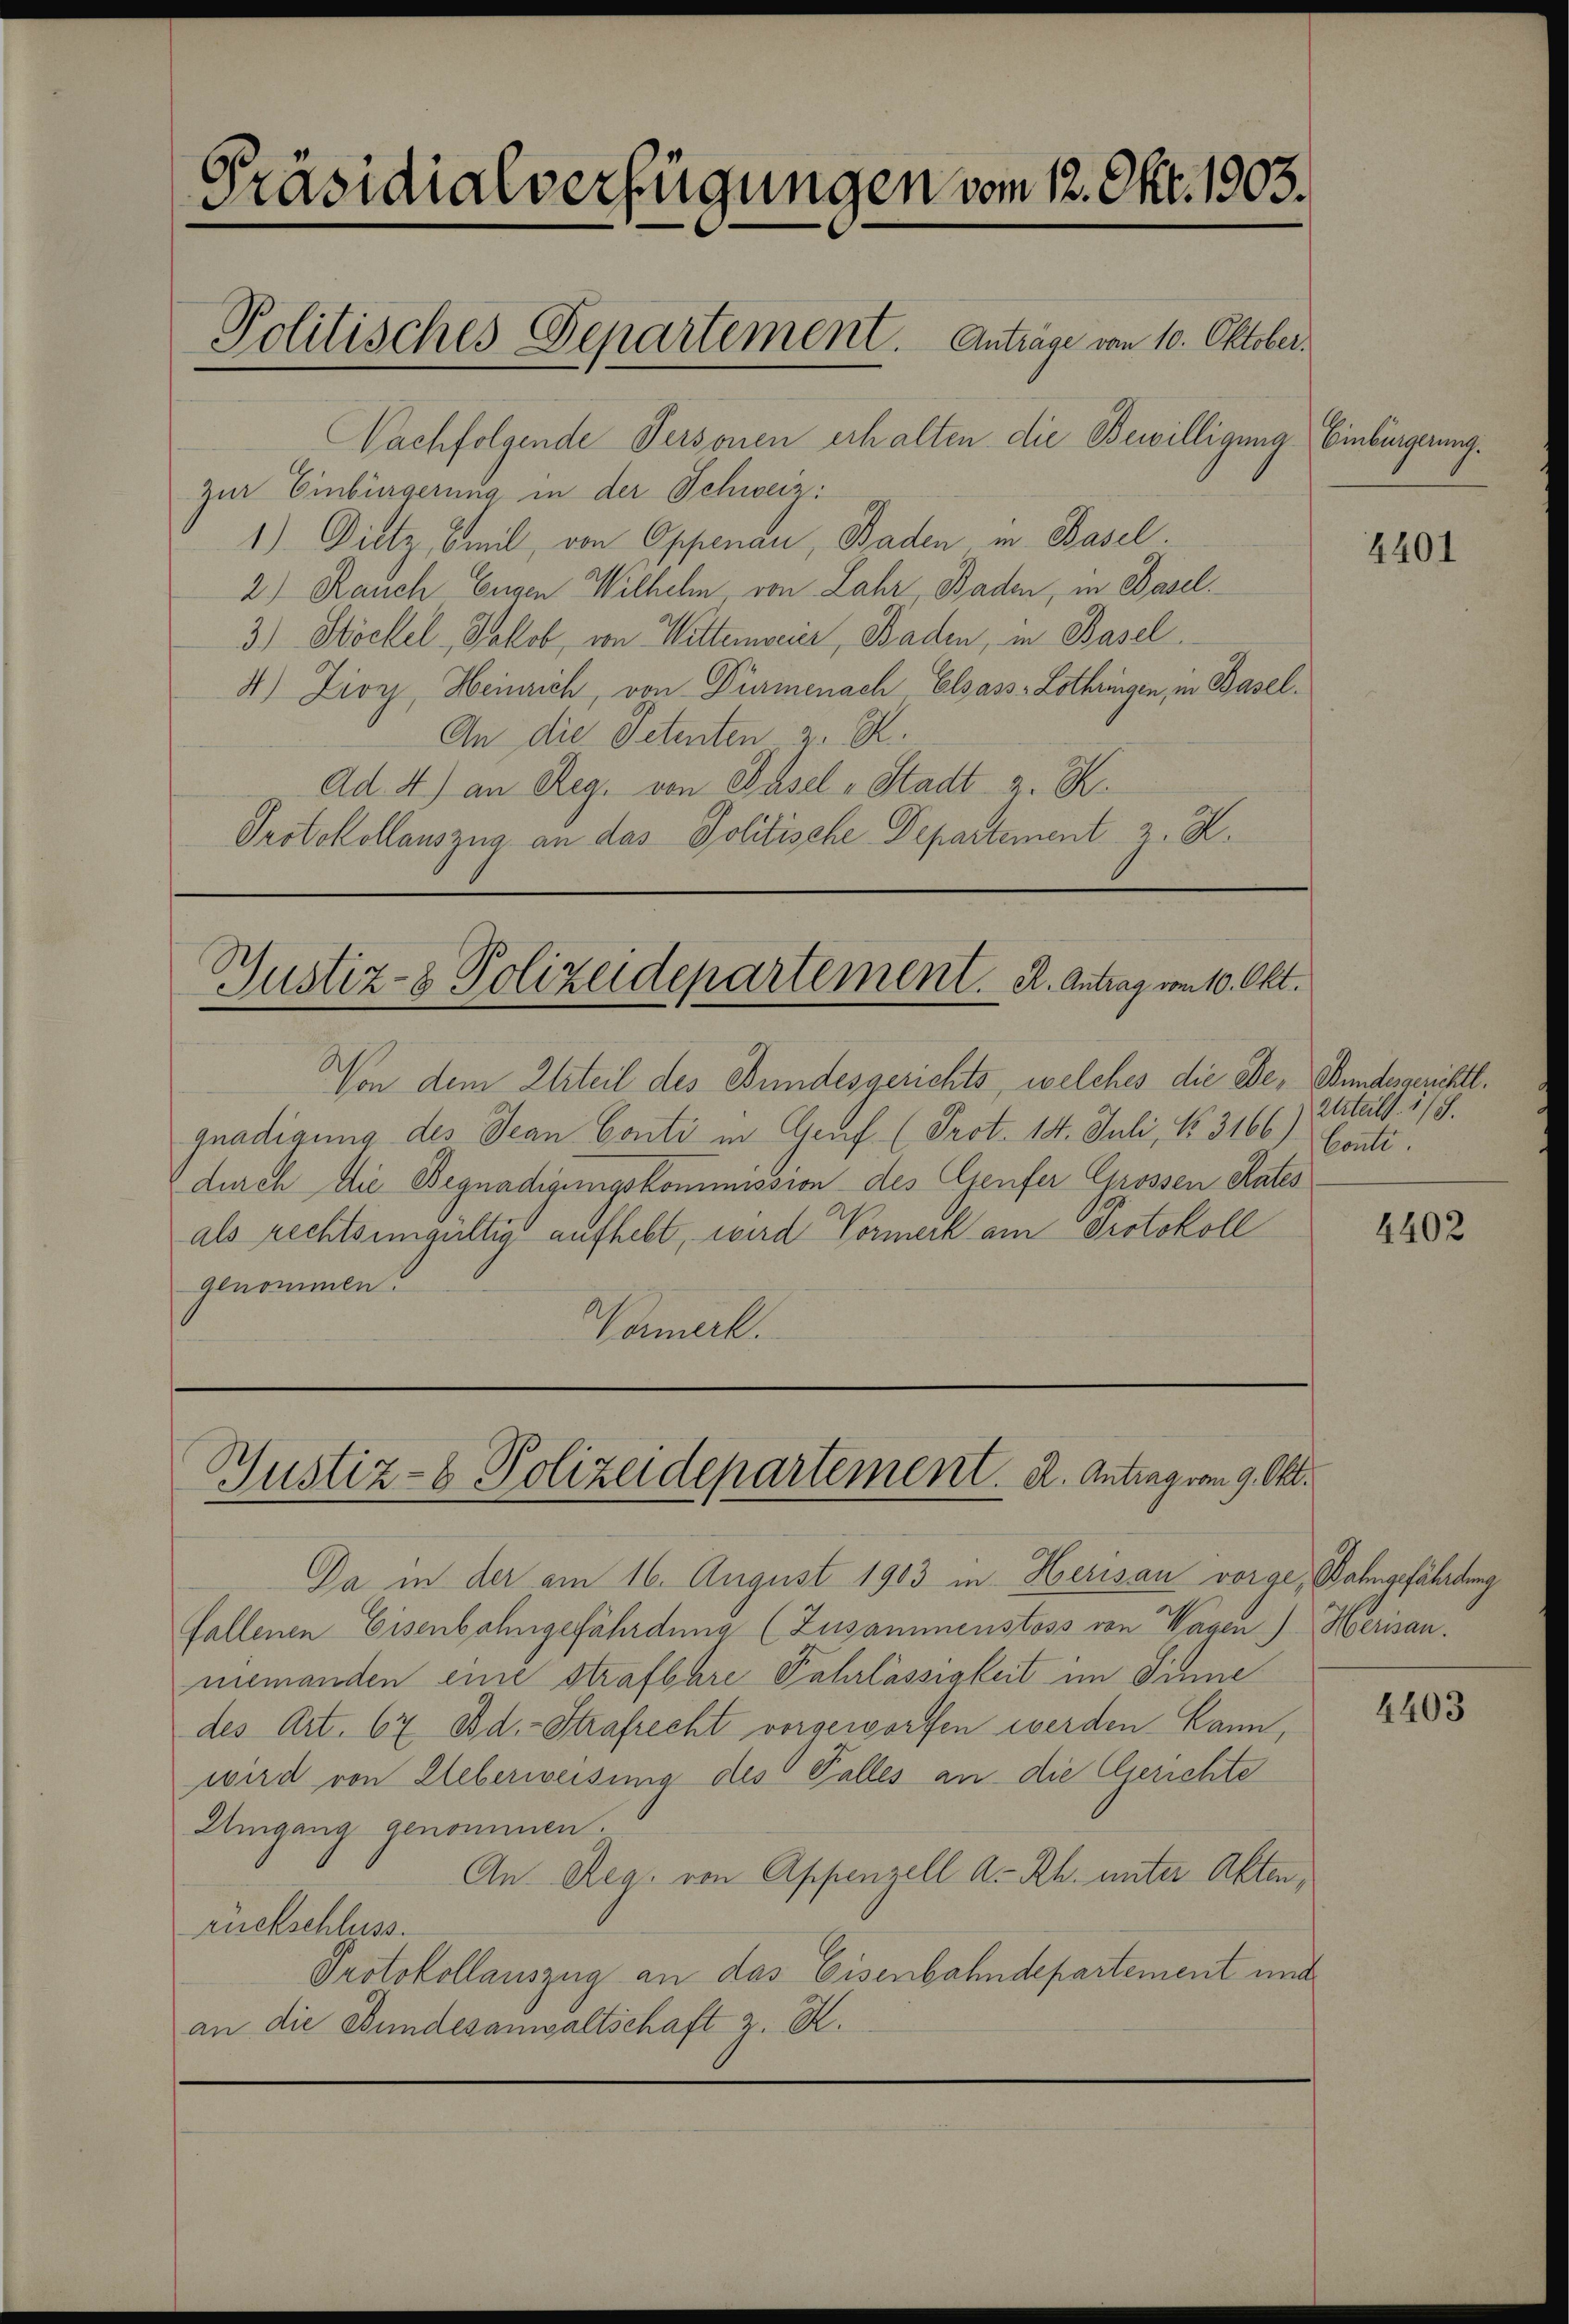
Nachfolgende Personen erhalten die Bewilligung Einbürgerung.
zur Einbürgerung in der Schweiz.
1) Dietz, Smil, von Oppenau Baden in Basel.
2.) Rauch Eugen Wilhelm, von Lahr, Baden, in Basel.
3.) Stöckel, Jakob, von Witterweier, Baden, in Basel
4) Zioy, Heinrich, von Dürmenach Elsass-Lothringen, in Basel¬
An die Petenten z. R.
Ad 4) an Reg. von Pasel-Stadt z. K.
Protokollauszug an das Politische Departement z. K.

Präsidialverfügungen vom 12. Okt. 1903.
Politisches Departement. Anträge von 10. Oktober.

Von dem Urteil des Bundesgerichts, welches die Be- Bundesgerichtl.
gnadigung des Jean Conti in Genf (Prot. 14. Juli, No. 3166) Conti.
durch die Begnadigungskommission des Genfer Grossen Rates
als rechtsgültig aufhebt, wird Vormerk am Protokoll
genommen.
Varmerk.

Justiz- & Polizeidepartement. R. Antrag vom 10. Okt.

Justiz- & Polizeidepartement. A. Antrag vom 9. Okt.

Da in der am 16. August 1903 in Herisau vorge, Bahngefährdung
fallenen Eisenbahngefährdung (Zusammenstoss von Wagen) Herisau.
niemanden eine Strafbare Fahrlässigkeit im Sinne
des Art. 67 Bd.- Strafrecht vorgeworfen werden kann,
wird von Ueberweisung des Palles an die Gerichte
Umgang genommen.
An Reg. von Appenzell A.-Rh. unter Akten,
ruckschluss.
Protokollauszug an das Eisenbahndepartement und
an die Bundesanwaltschaft z. B.

4401

Urteils. 118.

4402

4403